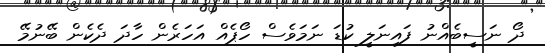
ދޯ ނަސީބެއްނު ފައިނަލީ ކުޑަ ނަމަވެސް ހޯޕެއް އަހަރެން ހާދަ ދެކެން ބޭނުމޭ